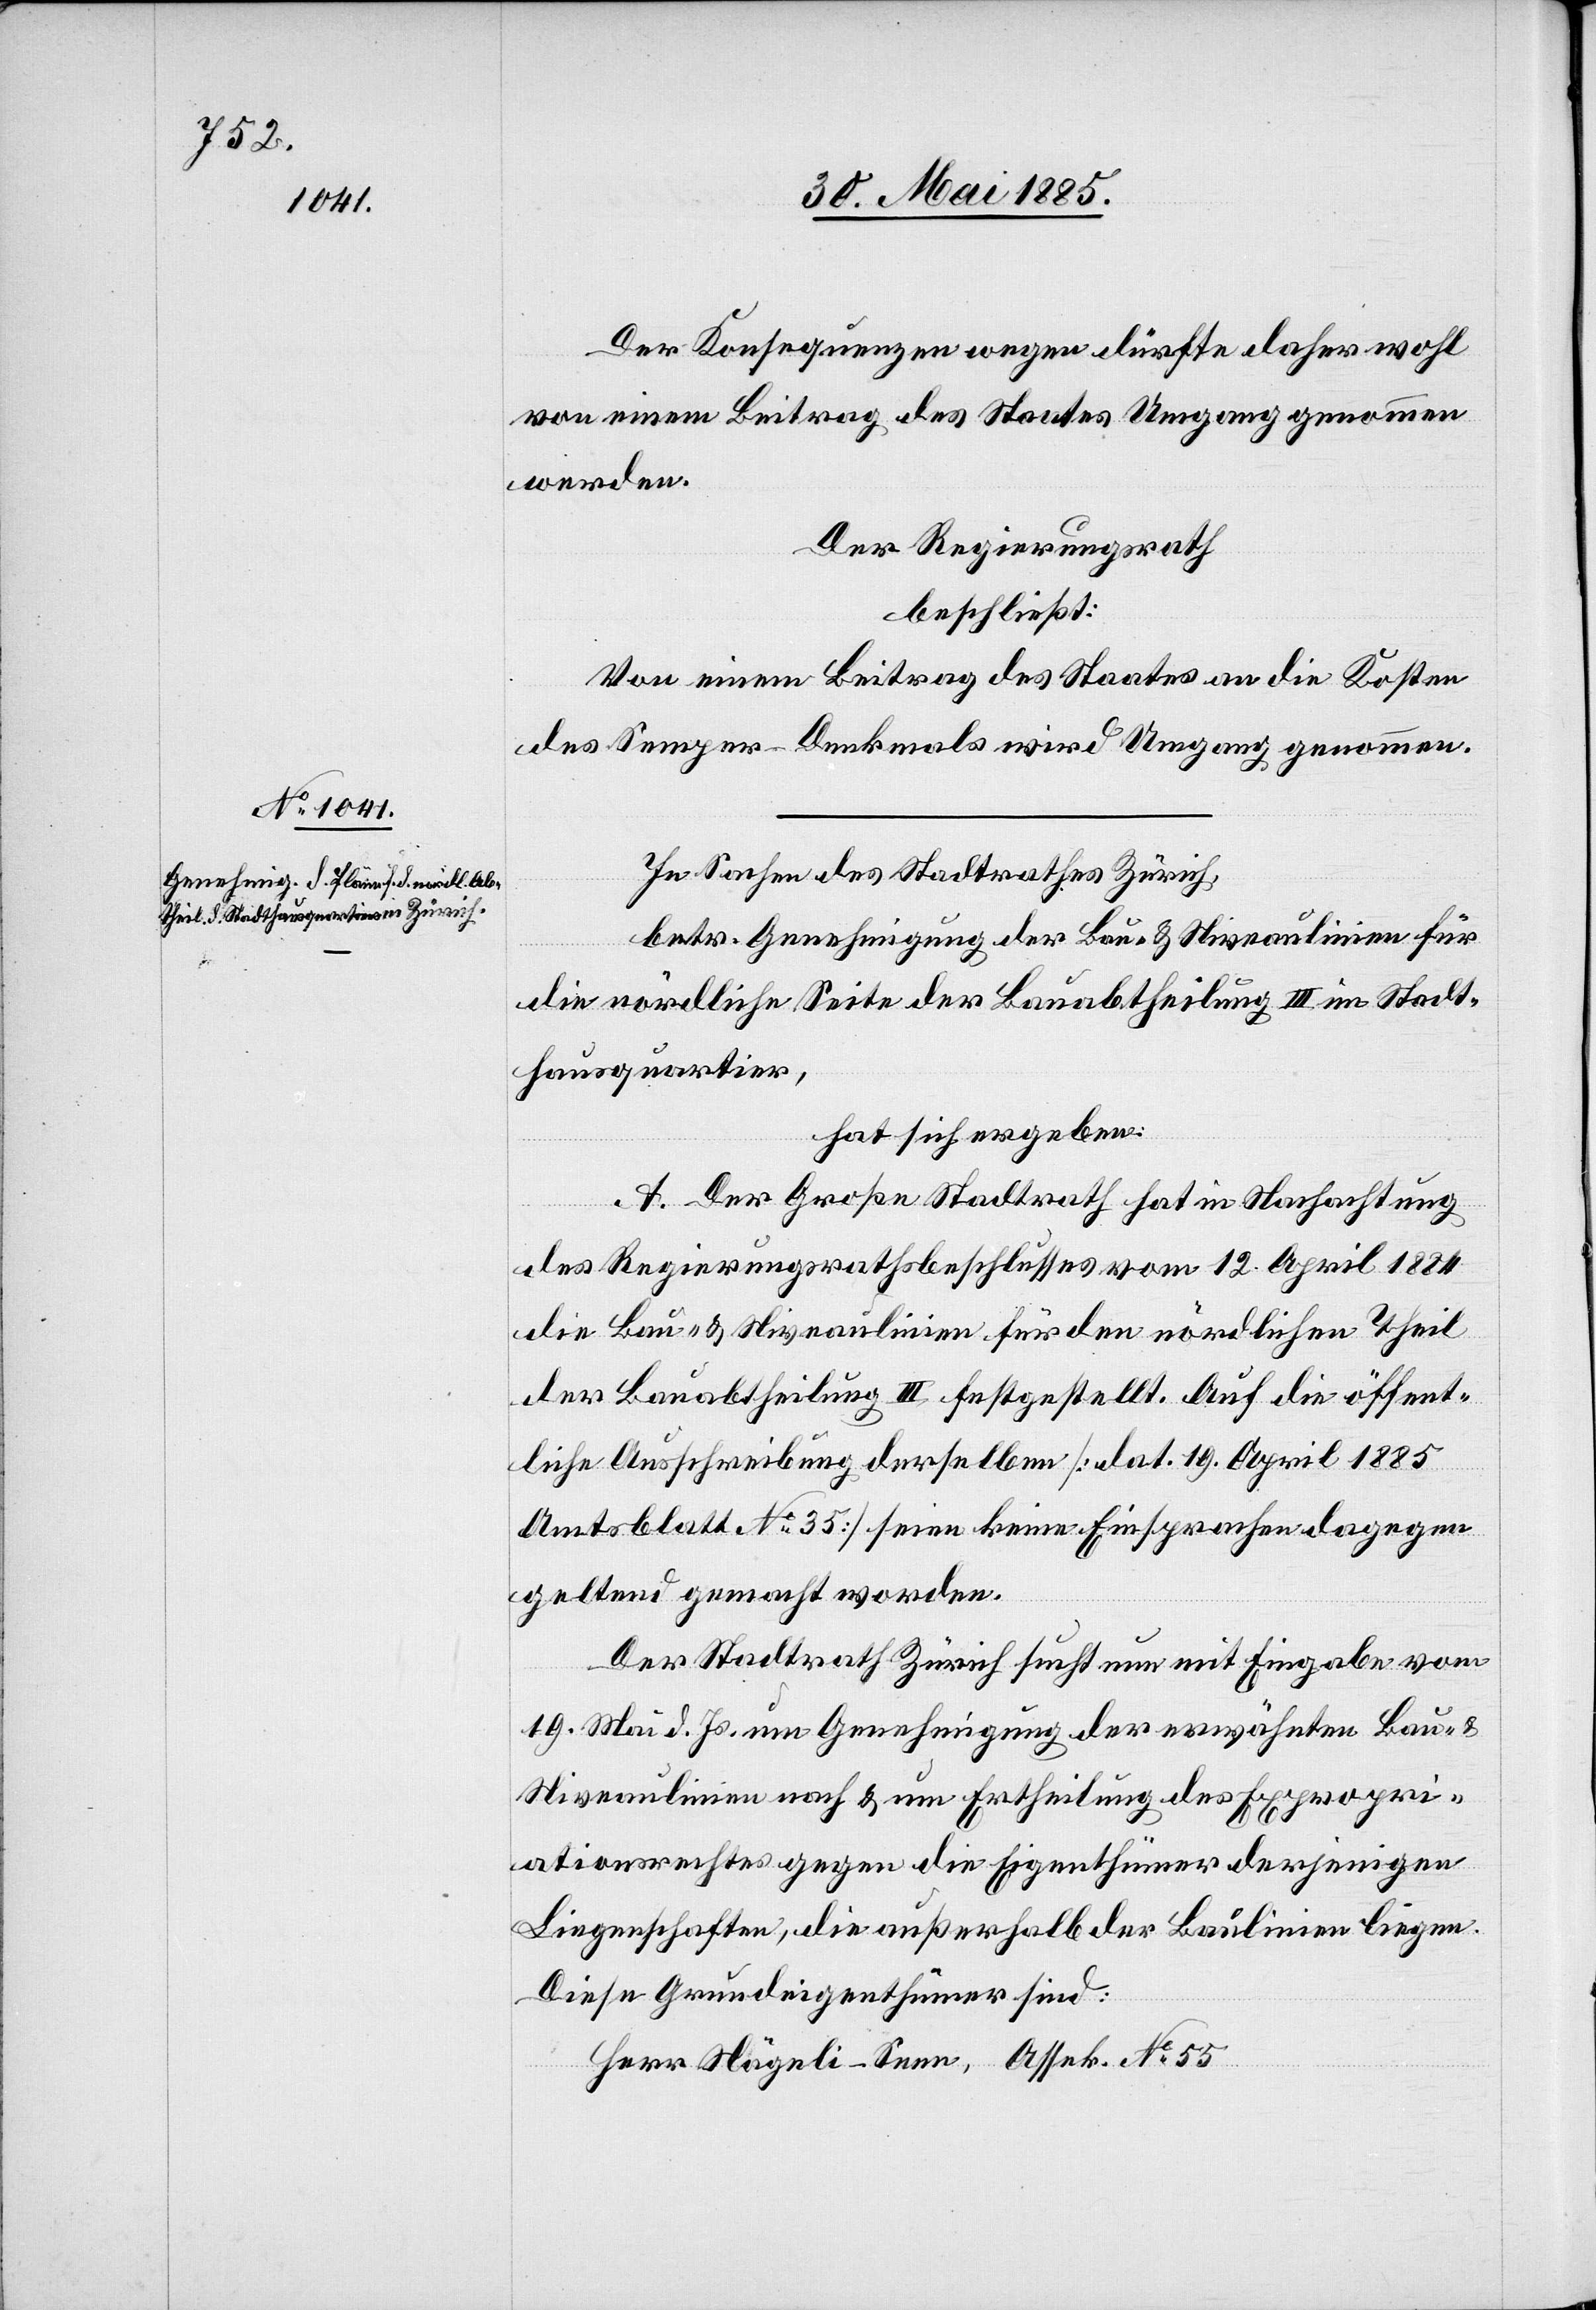
No.

Der Konsequenz wegen dürfte daher wohl
von einem Beitrag des Staates Umgang genommen
werden.
Der Regierungsrath,
beschließt:
Von einem Beitrag des Staates an die Kosten
des Semper-Denkmals wird Umgang genommen.
In Sachen des Stadtrathes Zürich,
betr. Genehmigung der Bau- & Niveaulinien für
die nördl. Seite der Bauabtheilung III im Stadt¬
hausquartier,
hat sich ergeben:
A. Der Große Stadtrath hat in Nachachtung
des Regierungsrathsbeschlusses vom 12. April 1884
die Bau- & Niveaulinien für den nördlichen Theil
der Bauabtheilung III festgestellt. Auf die öffent¬
liche Ausschreibung derselben [dat. 19. April 1885
Amtsblatt No 35] seien keine Einsprachen dagegen
geltend gemacht worden.
Der Stadtrath Zürich sucht nun mit Eingabe vom
19. Mai d. Js. um Genehmigung der erwähnten Bau-
Niveaulinien nach & um Ertheilung des Expropri¬
ationsrechtes gegen die Eigenthümer derjenigen
Liegenschaften, die außerhalb der Baulinien liegen.
Diese Grundeigenthümer sind: